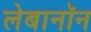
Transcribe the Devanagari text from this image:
लेबानॉन